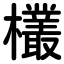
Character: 欉